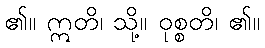
၏။ ဣတိ၊ သို့။ ဝုစ္စတိ၊ ၏။